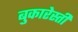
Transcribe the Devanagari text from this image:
बुकारेस्ती